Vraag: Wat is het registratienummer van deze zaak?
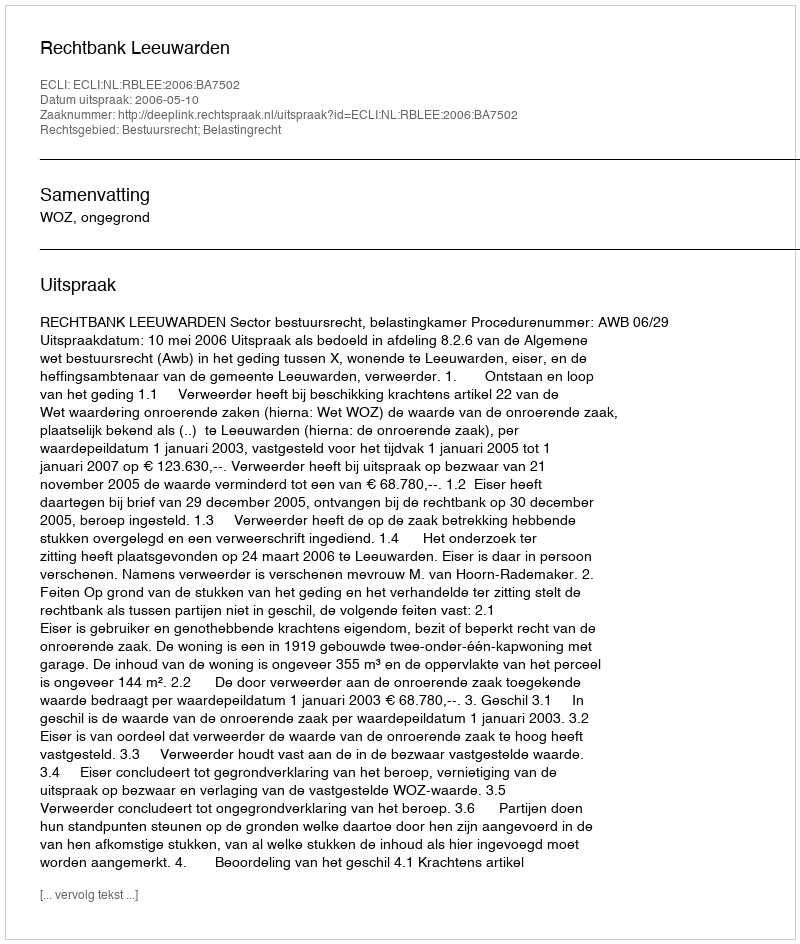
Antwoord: http://deeplink.rechtspraak.nl/uitspraak?id=ECLI:NL:RBLEE:2006:BA7502